Vaccination Hyderabad 1872-1889 - 1872-1889
Year: 1872
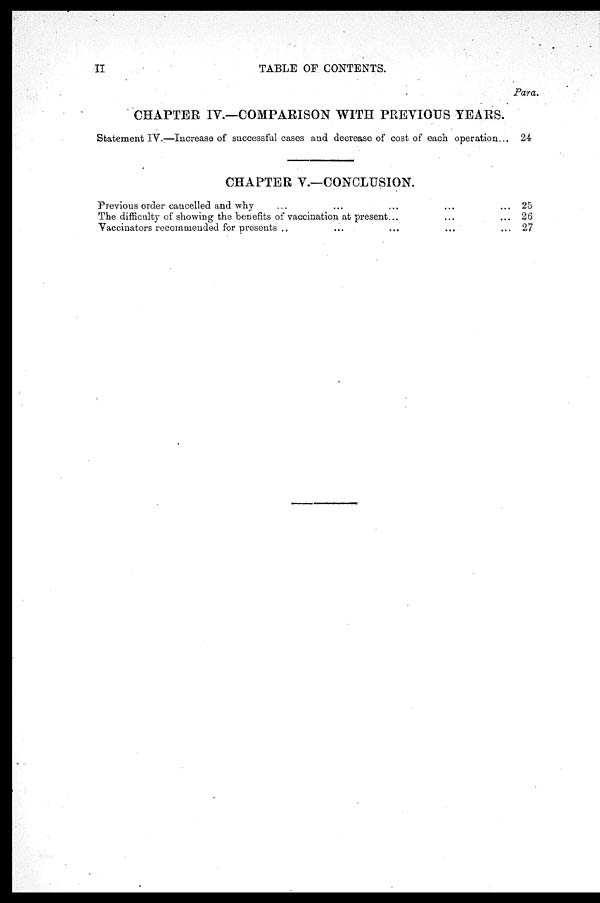
II
TABLE OF CONTENTS.
CHAPTER IV.—COMPARISON WITH PREVIOUS YEARS.
Statement IV.—Increase of successful cases and decrease of cost of each operation...
Para.
24
CHAPTER V.—CONCLUSION.
Previous order cancelled and why ... ... ... ...
The difficulty of showing the benefits of vaccination at present... ... ...
Vaccinators recommended for presents ... ... ... ... ...
25
26
27